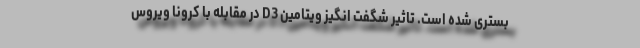
بستری شده است. تاثیر شگفت انگیز ویتامین D3 در مقابله با کرونا ویروس